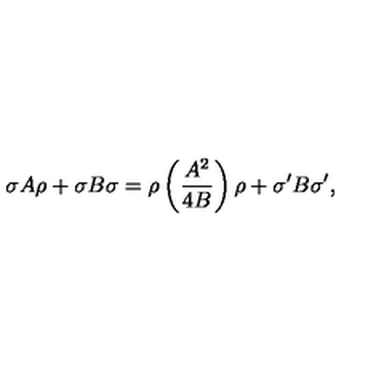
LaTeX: \sigma A \rho + \sigma B \sigma = \rho \left( { \frac { A ^ { 2 } } { 4 B } } \right) \rho + \sigma ^ { \prime } B \sigma ^ { \prime } ,